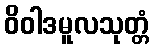
ဝိဝါဒမူလသုတ္တံ